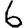
Digit: 6